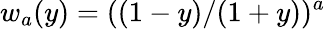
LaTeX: w_{a}(y)=((1-y)/(1+y))^{a}